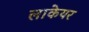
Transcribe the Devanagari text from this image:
लाकेयर